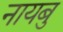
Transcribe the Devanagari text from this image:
नायबु